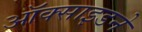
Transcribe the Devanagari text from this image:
ऑक्साइडने